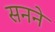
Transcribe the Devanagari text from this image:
सनने